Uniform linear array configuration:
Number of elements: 4
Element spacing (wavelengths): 0.25
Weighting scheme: exponential
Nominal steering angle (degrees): -60
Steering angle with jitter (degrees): -61.991
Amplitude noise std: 0.05
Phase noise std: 0.05

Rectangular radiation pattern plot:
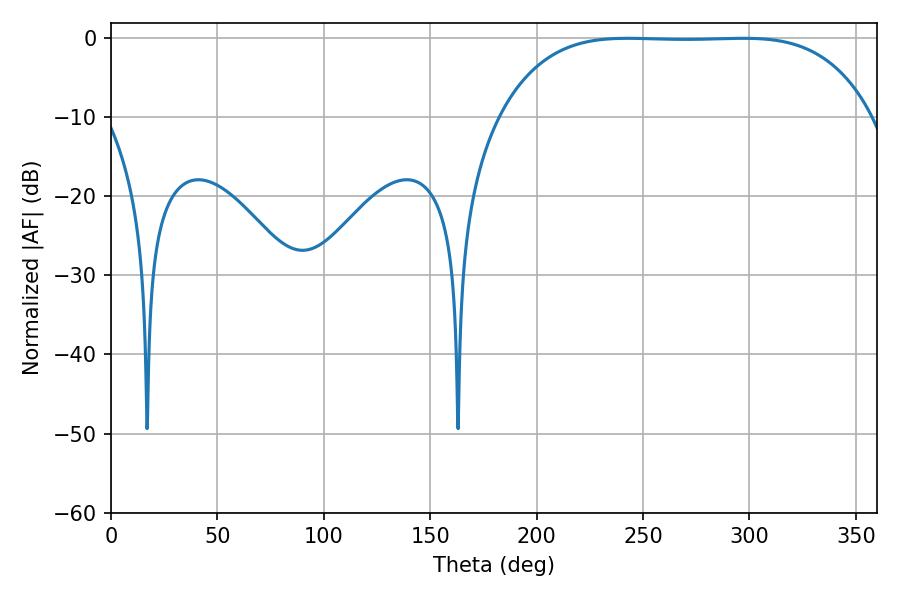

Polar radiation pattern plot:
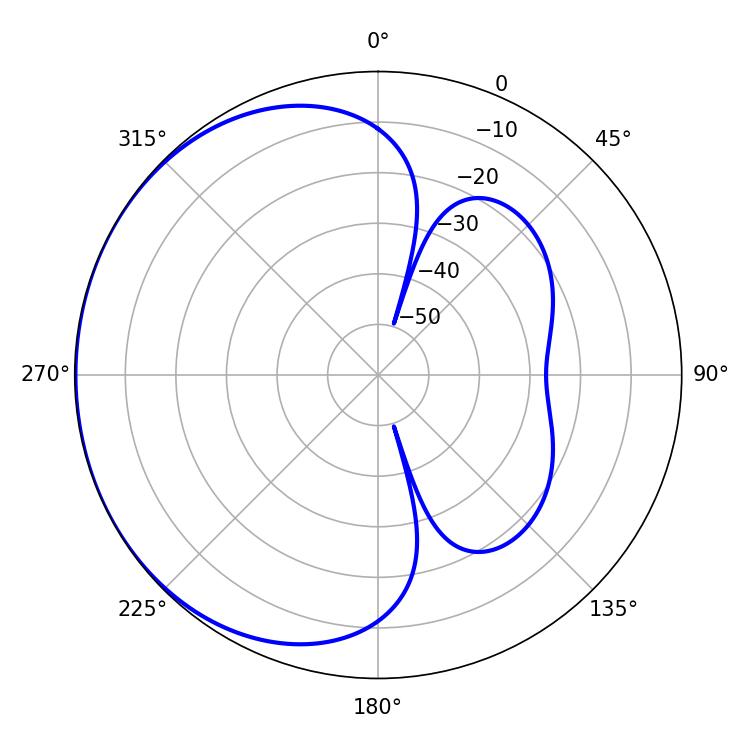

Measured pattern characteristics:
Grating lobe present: FALSE
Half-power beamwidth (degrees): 134.64
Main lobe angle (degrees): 242.82